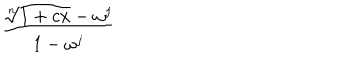
{ \frac { \root n \of { 1 + c x } - \omega ^ { j } } { 1 - \omega ^ { j } } }